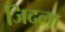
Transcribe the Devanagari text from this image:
जिदला